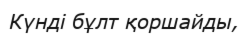
Күнді бұлт қоршайды,